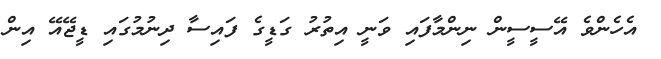
އެހެންވެ އޭސީސީން ނިންމާފައި ވަނީ އިތުރު ގަޑީގެ ފައިސާ ދިނުމުގައި ޑީޖޭއޭ އިން